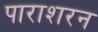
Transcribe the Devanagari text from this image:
पाराशरन